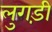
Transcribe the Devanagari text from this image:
लुगड़ी